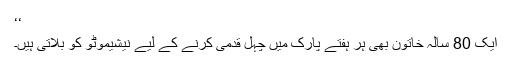
‘‘
ایک 80 سالہ خاتون بھی ہر ہفتے پارک میں چہل قدمی کرنے کے لیے نیشیموٹو کو بلاتی ہیں۔